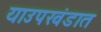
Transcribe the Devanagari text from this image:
याउपखंडात